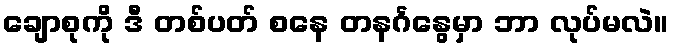
ချောစုကို ဒီ တစ်ပတ် စနေ တနင်္ဂနွေမှာ ဘာ လုပ်မလဲ။